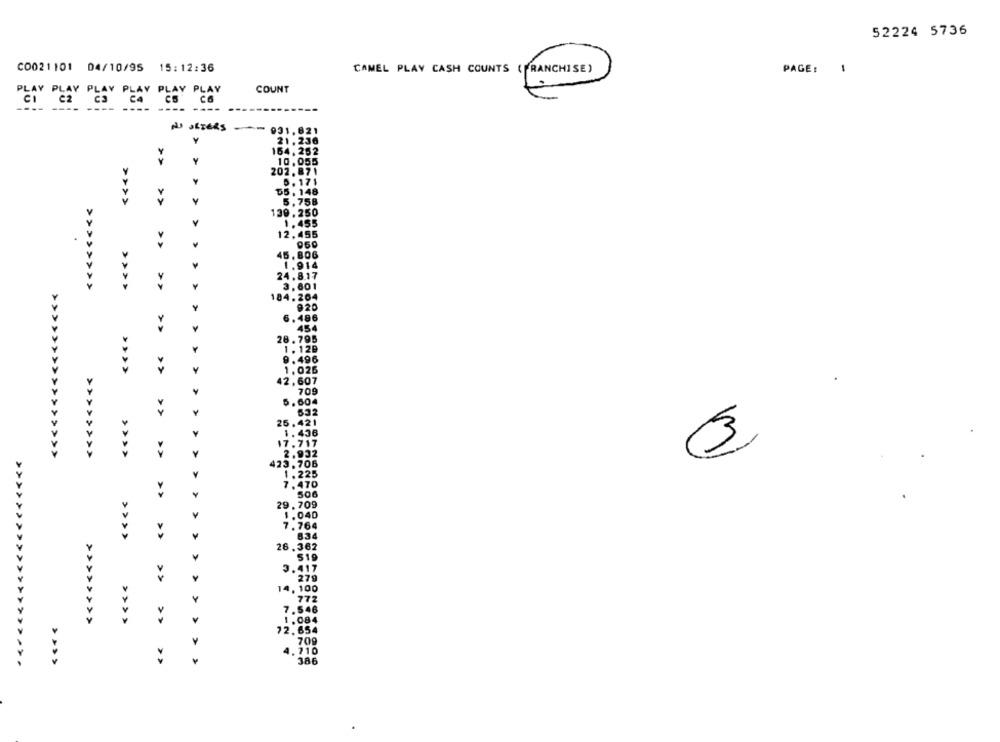
52224 5736
C0021101 04/10/95
15:12:36
CAMEL PLAY CASH COUNTS ( FRANCHISE)
PAGE: 1
COUNT
PLAY PLAY PLAY PLAY PLAY PLAY
CI
C4
cs
C6
----
----
---- ---
931.821
Y
21, 236
164, 252
Y
10.055
202.871
>
5.171
$5, 148
5,758
139. 250
Y
1.455
12,455
>>
960
>
45.806
1.914
24.8.17
<<<<<<<<<<<<<<<<
>>>>>>>>
>
3.601
184. 204
920
6.486
454
>>
28. 795
1 . 12B
9.496
Y
1.026
42,607
709
5. 604
Y
632
25.421
1. 436
17.717
<<<<<<<<<<<<
Y
2.932
>>>>
423.706
Y
1 . 225
7.470
506
29. 709
Y
1.040
7.764
634
> >>>
26.362
519
3.417
279
14, 100
Y
772
7.546
Y
Y
1.084
72. 654
4.710
386